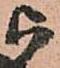
被